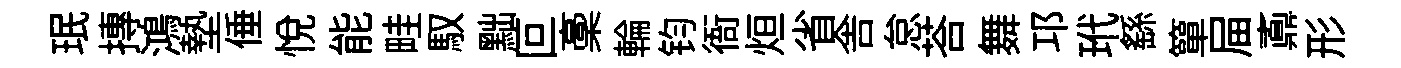
珉摶鴻墊倕悦能畦馭黜叵稾輪钧衙烜省舎怠荅舞邛玳繇簞屇鼒形